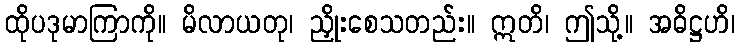
ထိုပဒုမာကြာကို။ မိလာယတု၊ ညှိုးစေသတည်း။ ဣတိ၊ ဤသို့။ အဓိဋ္ဌဟိ၊